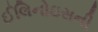
ઈલિનોઇસની